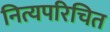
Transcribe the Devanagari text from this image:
नित्यपरिचित